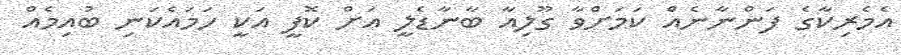
އެމެރިކާގެ ފަންނާނެއް ކަމަށްވާ ގޫލިއާ ބާނާޑެލީ އަށް ކޮފީ އަކީ ހަމައެކަނި ބުއިމެއް